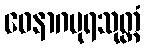
ဝေနာဂပုရသုတ္တံ